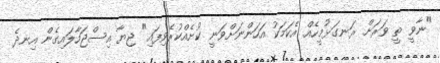
"ނާވީ ތީ ވަރަށް ރަނގަޅުމީހެއް އެކަމަކު އަހަންނަށްވަނީ ކުށެއްކުރެވިފައި" ޖިޔާ އިސްޖަހާލައިގެން އިނދެ